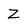
Character: Z